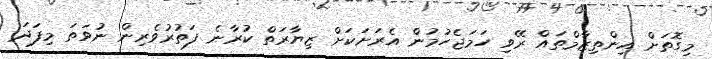
މިގޮތަށް އިންތިޒާމްތައް ރޭވި ހަމަޖެހުމުން އެރަށަކަށް ޒިޔާރަތް ކުރާނެ ފަތުރުވެރިން ނުވަތަ މިފަދަ